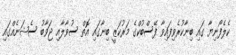
ކެލެފޯނިޔާ ގައި ބިނާކުރެވިފައިވާ ފޭސްބުކްގެ މަރުކަޒީ ބިނާގައި އޮތް ސުވާލާއި ޖަވާބު ސެޝަނެއްގައި